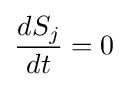
{\frac {dS_{j}}{dt}}=0